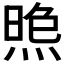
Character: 𱫥